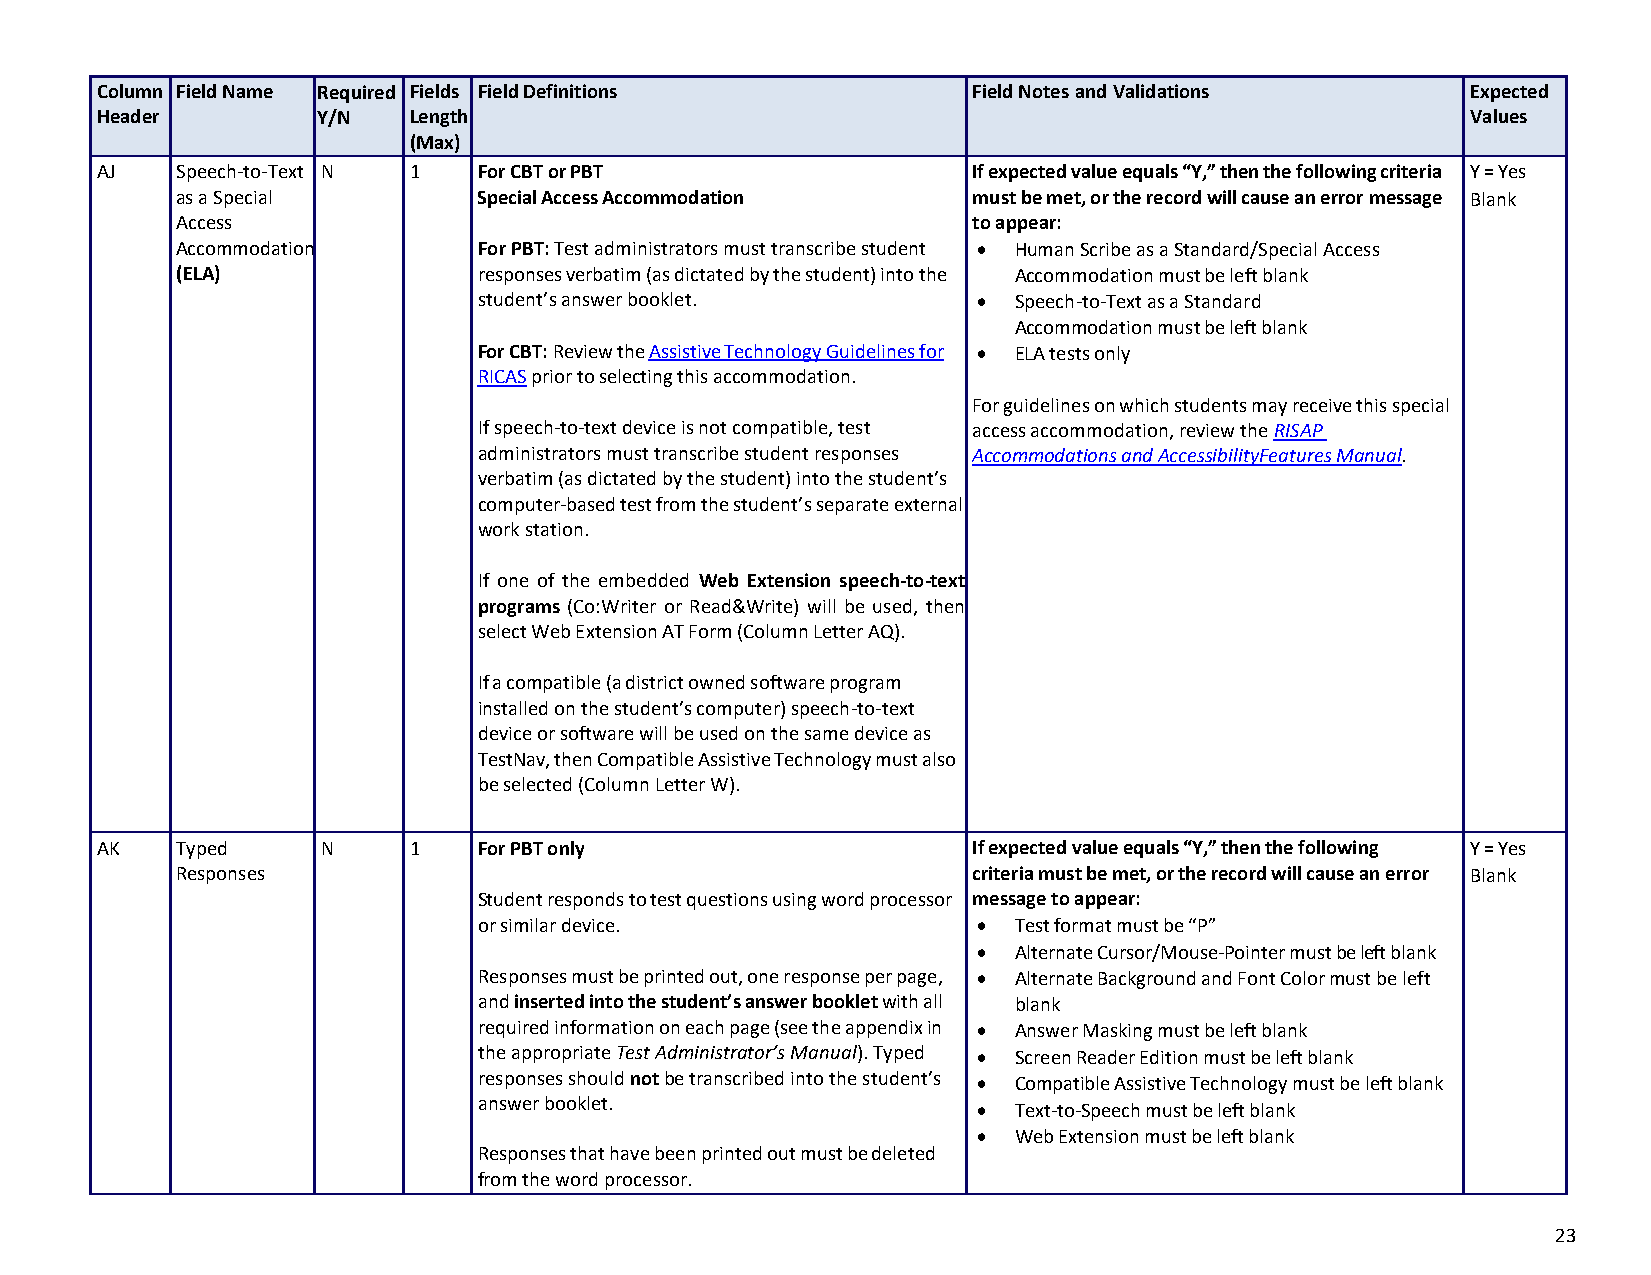
Column Field Name Required Fields Field Definitions       Field Notes and Validations      Expected
 Header         Y/N   Length                                                                Values
 (Max)
 AJ    Speech-to-Text N 1  For CBT or PBT                  If expected value equals “Y,” then the following criteria Y = Yes
 as a Special        Special Access Accommodation    must be met, or the record will cause an error message Blank
 Access                                              to appear:
 Accommodation       For PBT: Test administrators must transcribe student • Human Scribe as a Standard/Special Access
 (ELA)               responses verbatim (as dictated by the student) into the Accommodation must be left blank
 student’s answer booklet.        • Speech-to-Text as a Standard
 Accommodation must be left blank
 For CBT: Review the Assistive Technology Guidelines for • ELA tests only
 RICAS prior to selecting this accommodation.
 For guidelines on which students may receive this special
 If speech-to-text device is not compatible, test access accommodation, review the RISAP
 administrators must transcribe student responses Accommodations and Accessibility Features Manual.
 verbatim (as dictated by the student) into the student’s
 computer-based test from the student’s separate external
 work station.
 If one of the embedded Web Extension speech-to-text
 programs (Co:Writer or Read&Write) will be used, then
 select Web Extension AT Form (Column Letter AQ).
 If a compatible (a district owned software program
 installed on the student’s computer) speech-to-text
 device or software will be used on the same device as
 TestNav, then Compatible Assistive Technology must also
 be selected (Column Letter W).
 AK    Typed    N     1    For PBT only                    If expected value equals “Y,” then the following Y = Yes
 Responses                                           criteria must be met, or the record will cause an error Blank
 Student responds to test questions using word processor message to appear:
 or similar device.               • Test format must be “P”
 • Alternate Cursor/Mouse-Pointer must be left blank
 Responses must be printed out, one response per page, • Alternate Background and Font Color must be left
 and inserted into the student’s answer booklet with all blank
 required information on each page (see the appendix in • Answer Masking must be left blank
 the appropriate Test Administrator’s Manual). Typed • Screen Reader Edition must be left blank
 responses should not be transcribed into the student’s • Compatible Assistive Technology must be left blank
 answer booklet.                  • Text-to-Speech must be left blank
 • Web Extension must be left blank
 Responses that have been printed out must be deleted
 from the word processor.
 23